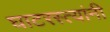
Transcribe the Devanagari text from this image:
घाटरस्त्यांनी